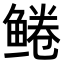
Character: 𫚠